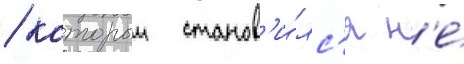
/ которыи станов'и́лс'я н'е́